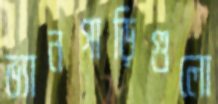
ভ্যানগাড়িগুলো